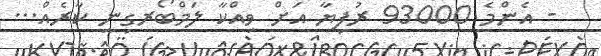
- އެންމެ 93000 ރުފިޔާ އަށް ވިއްކާ ލަމްބޯރގިނީ ކާރެއް...